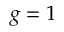
g = 1